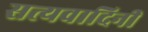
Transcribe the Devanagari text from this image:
सत्यवादिनी